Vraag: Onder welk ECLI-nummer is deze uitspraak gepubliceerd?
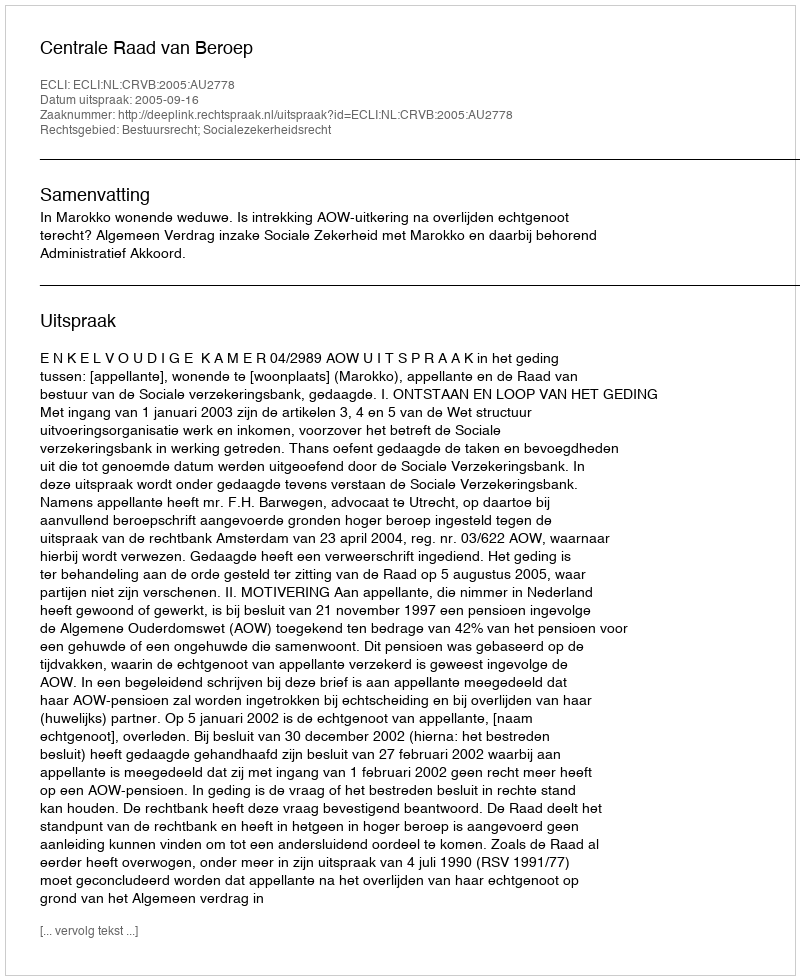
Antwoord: ECLI:NL:CRVB:2005:AU2778